Report on vaccination in Madras 1922-1929 - 1922-1929
Year: 1922
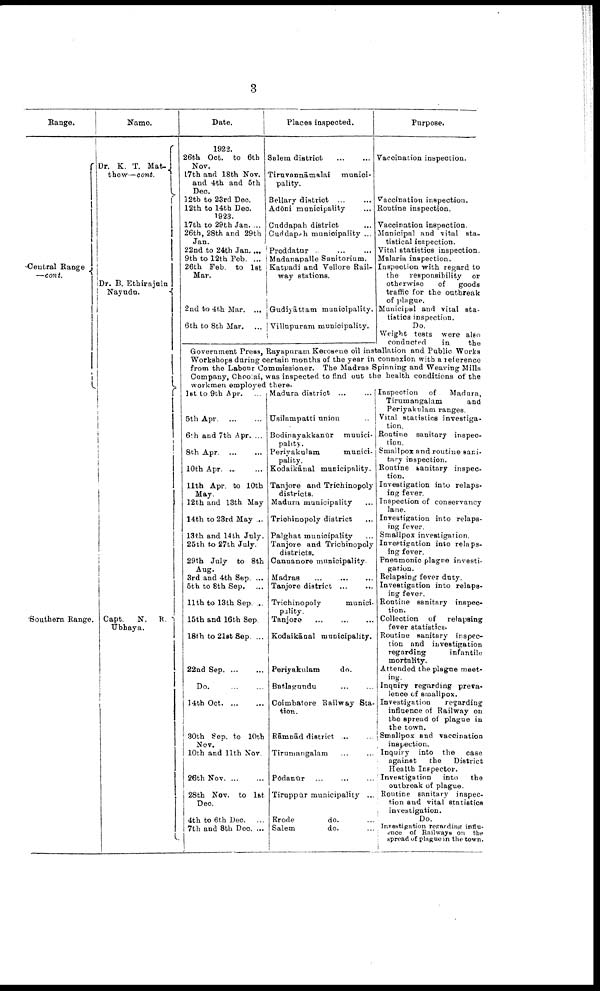
3
Range.
Central Range
—cont.
Southern Range.
Name.
Dr. K. T. Mat¬
thew- cont.
Dr. B. Ethirajūla
Nayudu.
Capt.
N.
R.
Ubhaya.
Date.
1922.
26th Oct. to 6th
Nov.
17th and 18th Nov.
and 4th and 5th
Dec.
12tb to 23rd Dec.
11th to 14th Dec.
1923.
17th to 29th Jan. ...
26th, 28th and 29th
Jan.
22nd to 24th Jan. ...
9th to 12th Feb. ...
26th Feb. to 1st
Mar.
2nd to 4t.h Mar. ...
6th to 8th Mar. ...
Places inspected.
Salem district
...
...
Tiruvannāmalai
munici
pality.
Bellary district ...
Adōni municipality ...
Cuddapah district ...
Cuddapah municipality ...
Proddatūr .
...
...
Madanapalle Sanitorium.
Katpadi and Vellore Rail
way stations.
Gudiyāttam municipality.
Villūpuram municipality.
Purpose.
Vaccination inspection.
Vaccination inspection.
Routine inspection.
Vaccination inspection.
Municipal and vital sta
tistical inspection.
Vital statistics inspection.
Malaria inspection.
Inspection with regard to
the responsibility or
otherwise
of
goods
traffic for the outbreak
of plague.
Municipal and vital sta
tistics inspection.
Do.
Weight tests were also
conducted
in
the
Government Press, Rayapuram Kerosene oil installation and Public Works
Workshops during certain months of the year in connexion with a reference
from the Labour Commissioner. The Madras Spinning and Weaving Mills
Company, Choolai, was inspected to find out the health conditions of the
workmen employed there.
1st to 9th Apr. ...
5th Apr. ... ...
6th and 7th Apr. ...
8th Apr. ... ...
10th Apr. ...
11th Apr. to 10th
May.
12th and 13th May
14th to 28rd May ...
13th and 14th July.
25th to 27th July.
29th July to 8th
Aug.
3rd and 4th Sep. ...
5th to 8th Sep. ...
11th to 13th Sep. ...
15th and 16th Sep.
18th to 21st Sep. ...
22nd Sep. ... ...
Do.
...
...
14th
Oct. ... ...
30th Sep. to 10th
Nov.
10th and 11th Nov.
26th Nov. ... ...
28th Nov. to 1st
Dec.
4th to 6th Dec. ..
7th and 8th Dec. ...
Madura district ... ...
Usilampatti union ...
Bodinayakkanūr munici
pality.
Periyakulam
munici
pality.
Kodaikānal municipality.
Tanjore and Trichinopoly
districts.
Madura municipality ...
Trichinopoly district ...
Palghat municipality ...
Tanjore and Trichinopoly
districts.
Cannanore municipality.
Madras
...
...
...
Tanjore district ... ...
Trichinopoly
munici
pality.
Tanjore
...
...
...
Kodaikānal municipality.
Periyakulam
do.
Batlagundu
...
...
Coimbatore Railway Sta
tion.
Rāmbād district ...
Tirumangalam ... ...
Podanūr ... ... ...
Tiruppūr municipality ...
Erode
do. ...
Salem
do. ...
Inspection of
Madūra,
Tirumangalam
and
Periyakulam ranges.
Vital statistics investiga
tion.
Routine sanitary inspec
tion.
Smallpox and routine sani
tary inspection.
Routine sanitary inspec
tion.
Investigation into relaps
ing fever.
Inspection of conservancy
lane.
Investigation into relaps
ing fever.
Smallpox investigation.
Investigation into relaps
ing fever.
Pneumonic plagūe investi
gation.
Relapsing fever duty.
Investigation into relaps
ing fever.
Routine sanitary inspec
tion.
Collection of
relapsing
fever statistics.
Routine sanitary inspec
tion and investigation
regarding
infantile
mortality.
Attended the plague meet
ing.
Inquiry regarding preva
lence of smallpox.
Investigation
regarding
influence of Railway on
the spread of plague in
the town.
Smallpox and vaccination
inspection.
Inquiry into the
case
against
the
District
Health Inspector.
Investigation
into
the
outbreak of plague.
Routine sanitary inspec
tion and vital statistics
investigation.
Do.
Investigation regarding intlu-
ence of Railways on the
spread of plague in the town.